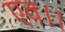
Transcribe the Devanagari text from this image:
एव।।